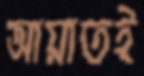
আয়াতই